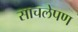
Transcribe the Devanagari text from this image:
साचलेपण